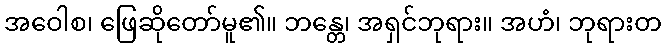
အဝေါစ၊ ဖြေဆိုတော်မူ၏။ ဘန္တေ၊ အရှင်ဘုရား။ အဟံ၊ ဘုရားတ